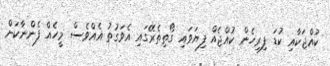
ކުއްޖަކާއި ކުޑަ ފިރިހެން ކުއްޖެއް ފިޔަވައި ގޯތިތެރޭގައި އެވަގުތު އެއްވެސް މީހެއް ފެންނާކަށް